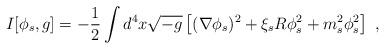
LaTeX: \begin{align*}I[\phi_s, g]=-\frac 12 \int d^4x \sqrt{-g} \left[(\nabla \phi_s)^2+\xi_s R\phi_s^2+m_s^2\phi_s^2\right]~,\end{align*}